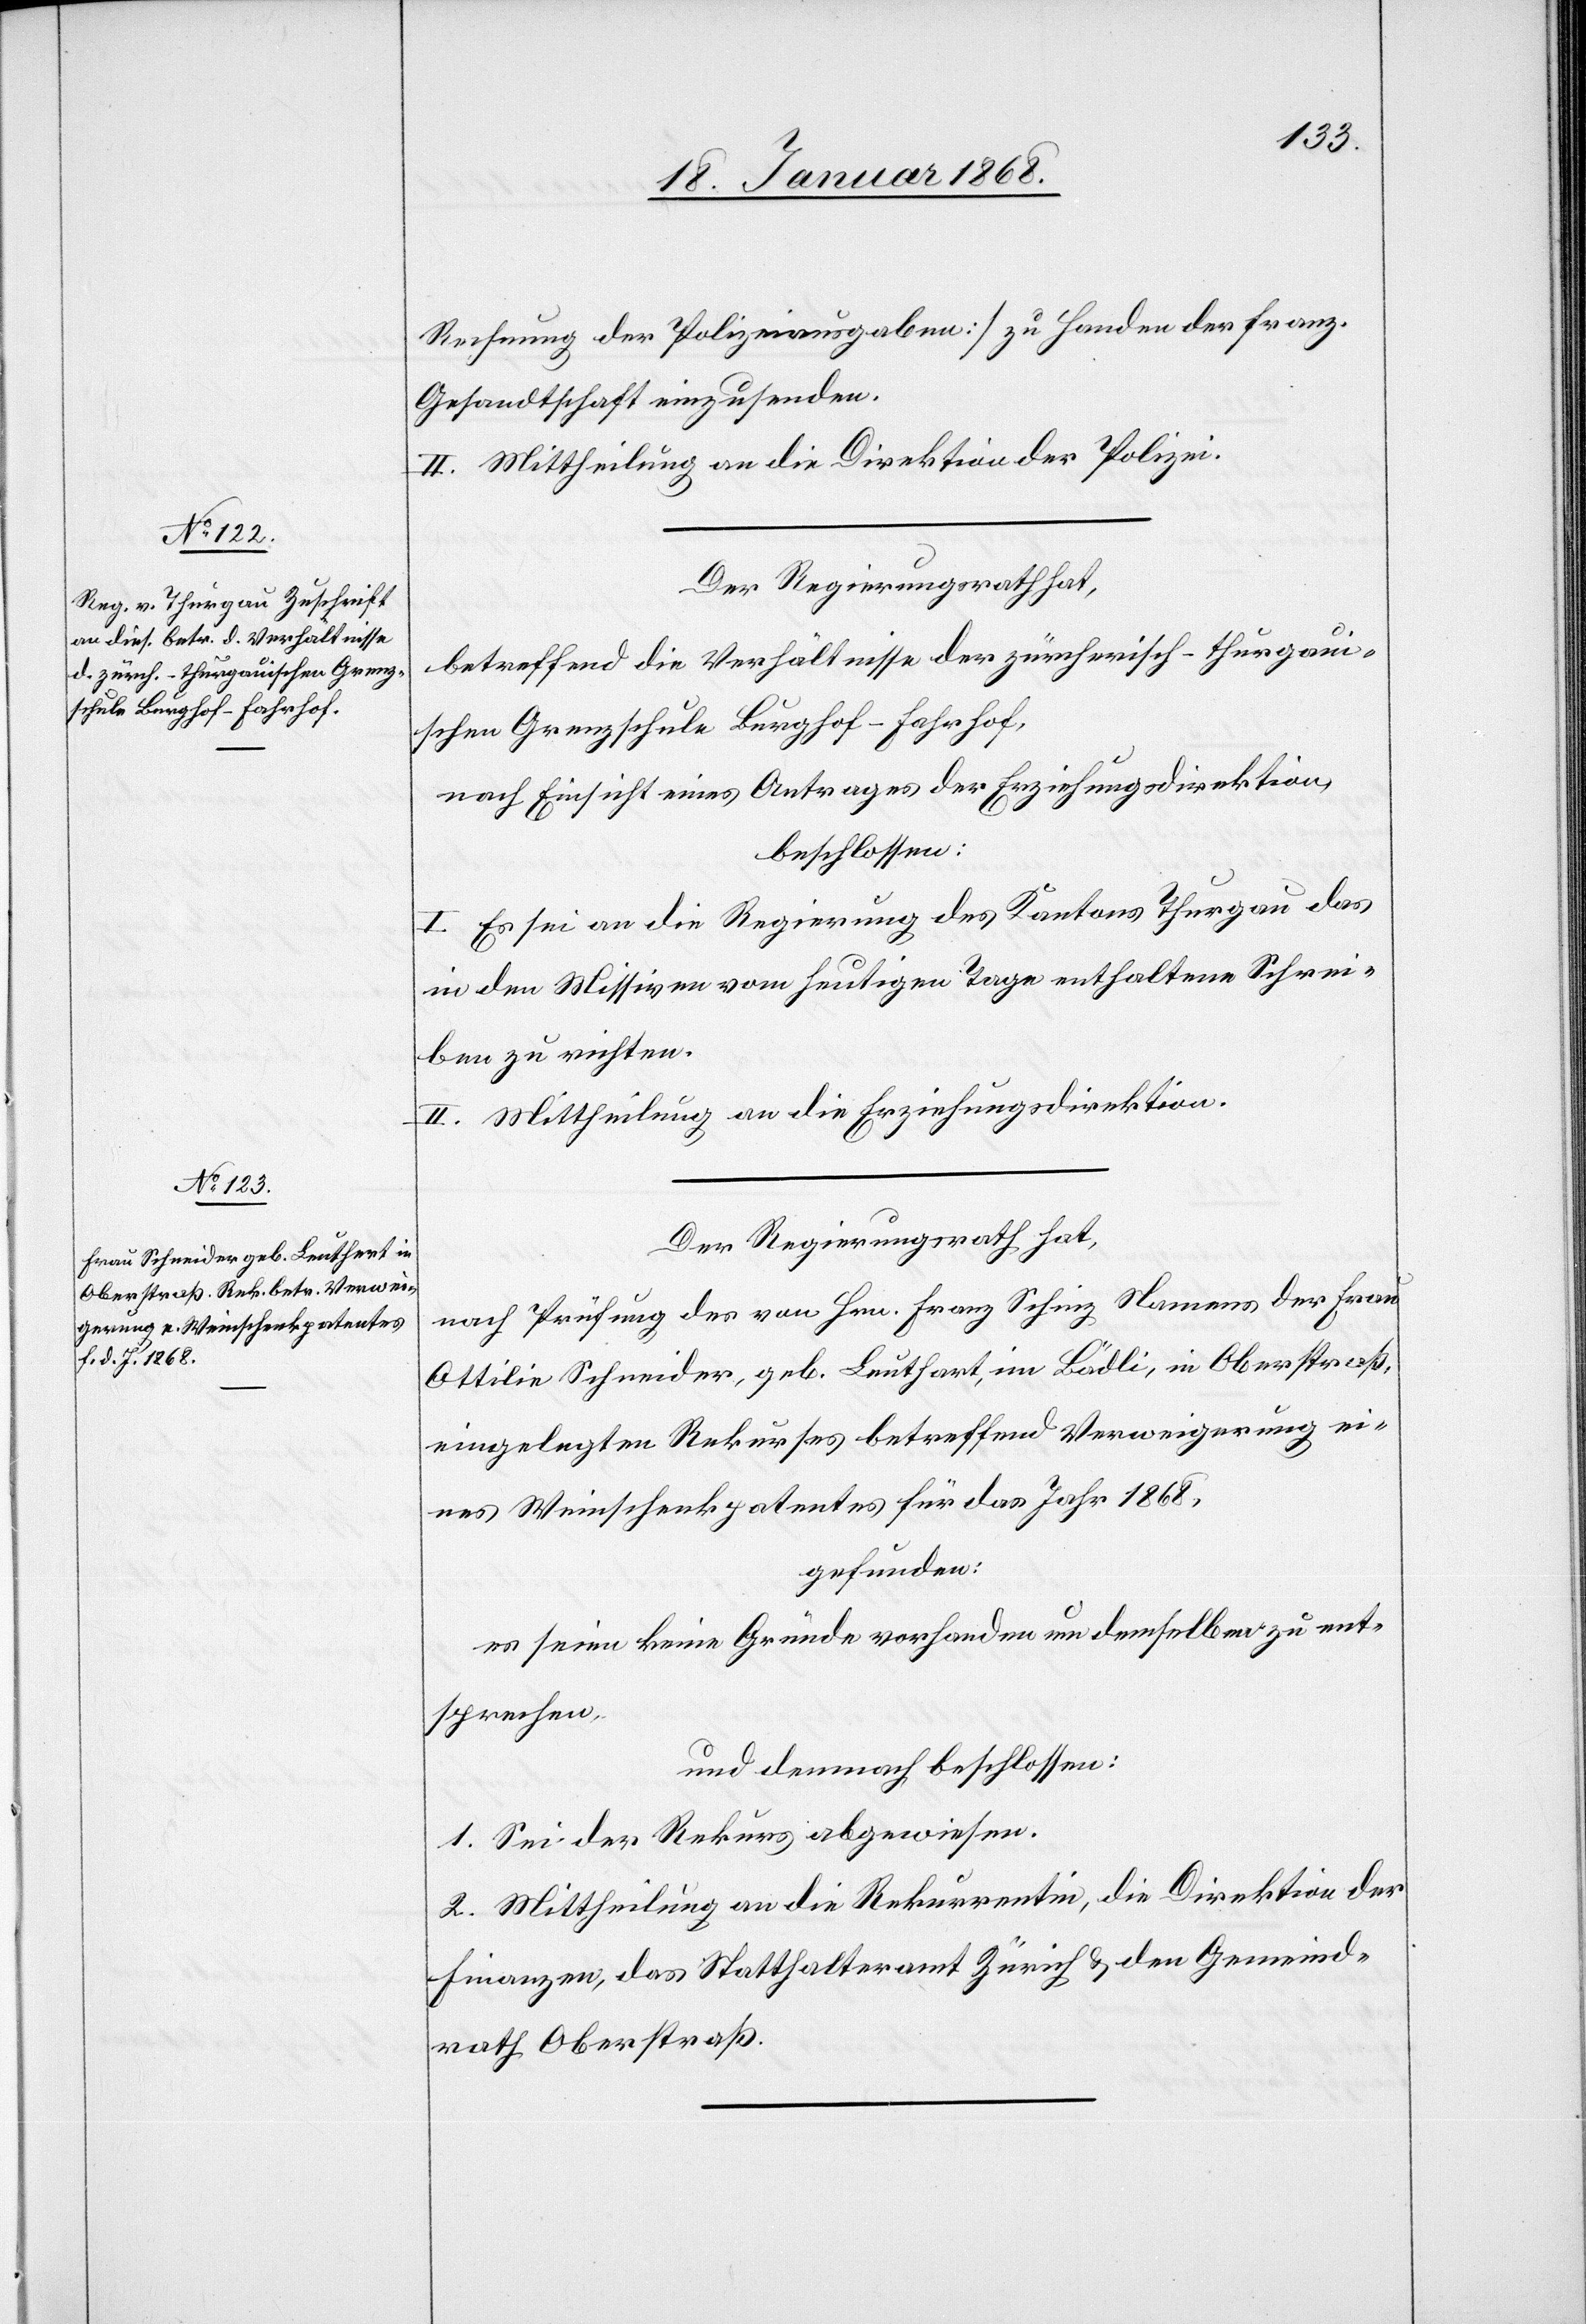
Rechnung der Polizeiausgaben] zu Handen der franz.
Gesandtschaft einzusenden.
2.] Mittheilung an die Direktion der Polizei.
Der Regierungsrath hat,
betreffend die Verhältnisse der zürcherisch-thurgau¬
ischen Grenzschule Burghof-Fahrhof,
nach Einsicht eines Antrages der Erziehungsdirektion,
beschlossen:
I. Es sei an die Regierung des Kantons Thurgau das
in den Missiven vom heutigen Tage enthaltene Schrei¬
ben zu richten.
II. Mittheilung an die Erziehungsdirektion.
Der Regierungsrath hat,
nach Prüfung des von Hrn. Franz Schinz Namens der Frau
Ottilie Schneider, geb. Leuthart [sic!], im Bädli, in Oberstraß,
eingelegten Rekurses betreffend Verweigerung ei¬
nes Weinschenkpatentes für das Jahr 1868,
gefunden:
es seien keine Gründe vorhanden um demselben zu ent¬
sprechen,
und demnach beschlossen:
1. Sei der Rekurs abgewiesen.
2. Mittheilung an die Rekurrentin, die Direktion der
Finanzen, das Statthalteramt Zürich & den Gemeind¬
rath Oberstraß.